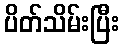
ပိတ်သိမ်းပြီး